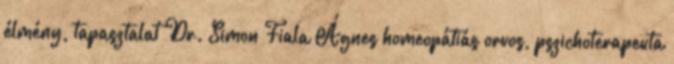
élmény, tapasztalat Dr. Simon Fiala Ágnes homeopátiás orvos, pszichoterapeuta